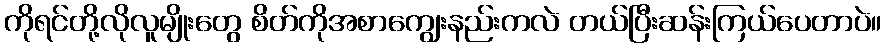
ကိုရင်တို့လိုလူမျိုးတွေ စိတ်ကိုအစာကျွေးနည်းကလဲ တယ်ပြီးဆန်းကြယ်ပေတာပဲ။